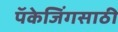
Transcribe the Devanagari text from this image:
पॅकेजिंगसाठी